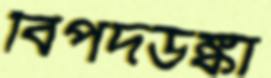
বিপদডঙ্কা